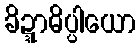
ခိဍ္ဍာဓိပ္ပါယော